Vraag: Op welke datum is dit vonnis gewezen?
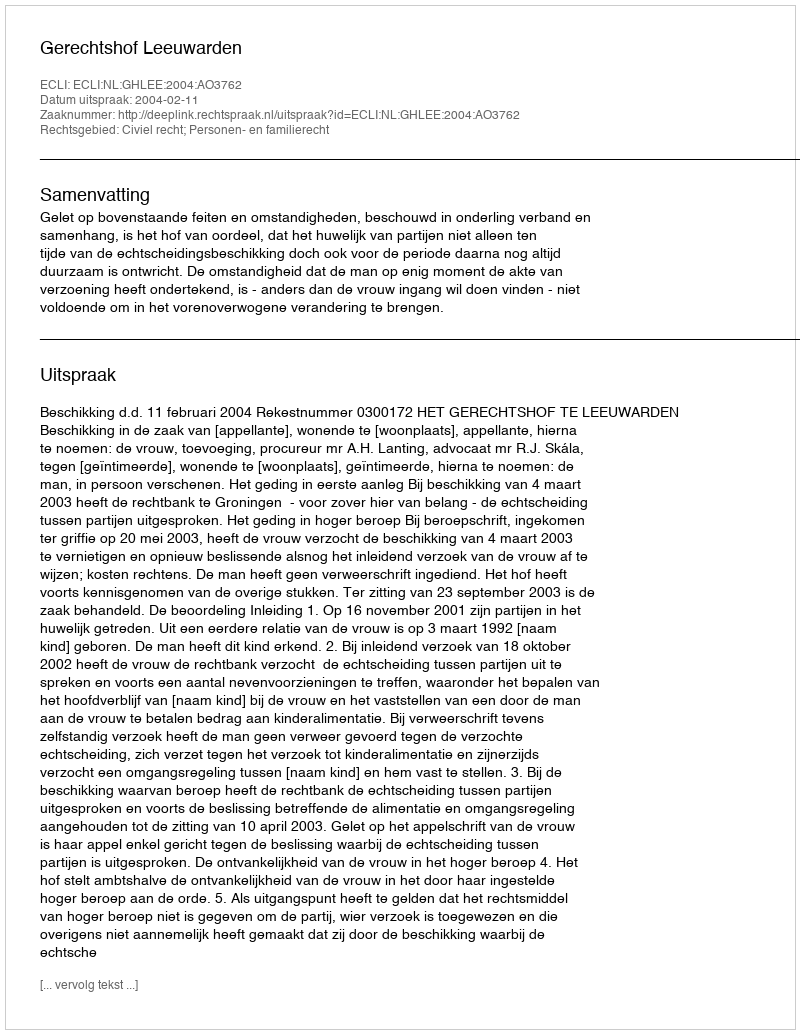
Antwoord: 2004-02-11